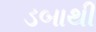
ડબાથી